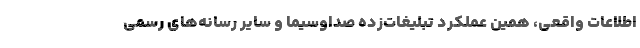
اطلاعات واقعی، همین عملکرد تبلیغات‌زده صداوسیما و سایر رسانه‌های رسمی